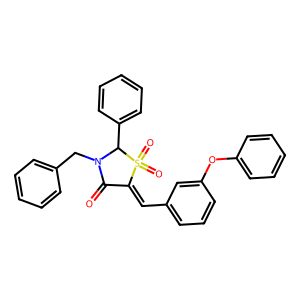
SMILES: O=C1C(=Cc2cccc(Oc3ccccc3)c2)S(=O)(=O)C(c2ccccc2)N1Cc1ccccc1
Inhibits HIV replication: No